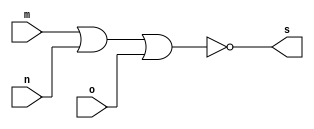
// Guia 02 - EXTRA
// Nome: Raphaela Fernanda Silva




//PORTANOR

module PORTANOR (s, m, n, o);
output s;
input m, n, o;

assign s = ~( m | n | o);

endmodule




module testeNOR;
reg m, n, o;
wire s1, s2, s3, s4, s;

PORTANOR NOR1(s1, m, m, m); 
PORTANOR NOR2(s2, n, n, n);
PORTANOR NOR3(s3, o, o, o);
PORTANOR NOR4(s4, s1, s2, s3);
PORTANOR NOR5(s, s4, s4, s4);

initial begin:start

 m=0; n=0; o=0;
 
 end
 
 
 
 initial begin : main
 
 $display("Guia 02 - Raphaela Fernanda Silva - 420141");
 $display("Teste PORTANOR");
 $display("m & n & o = s ");
 $monitor("%b   %b   %b = %b", m, n, o, s);
 
  #1  m=0; n=0; o=1;
  #1  m=0; n=1; o=0;
  #1  m=0; n=1; o=1;
  #1  m=1; n=0; o=0;
  #1  m=1; n=0; o=1;
  #1  m=1; n=1; o=0;
  #1  m=1; n=1; o=1;
   
 end
 
 endmodule